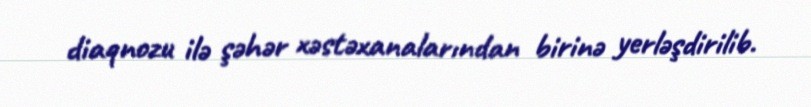
diaqnozu ilə şəhər xəstəxanalarından birinə yerləşdirilib.